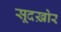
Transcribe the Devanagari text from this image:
सूदख़ोर